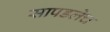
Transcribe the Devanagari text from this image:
सापडलेच